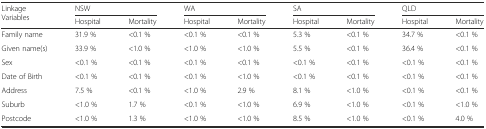
<table><thead><tr><td rowspan="2"><b>Linkage Variables</b></td><td colspan="2"><b>NSW</b></td><td colspan="2"><b>WA</b></td><td colspan="2"><b>SA</b></td><td colspan="2"><b>QLD</b></td></tr><tr><td><b>Hospital</b></td><td><b>Mortality</b></td><td><b>Hospital</b></td><td><b>Mortality</b></td><td><b>Hospital</b></td><td><b>Mortality</b></td><td><b>Hospital</b></td><td><b>Mortality</b></td></tr></thead><tbody><tr><td>Family name</td><td>31.9 %</td><td>&lt;0.1 %</td><td>&lt;0.1 %</td><td>&lt;0.1 %</td><td>5.3 %</td><td>&lt;0.1 %</td><td>34.7 %</td><td>&lt;0.1 %</td></tr><tr><td>Given name(s)</td><td>33.9 %</td><td>&lt;1.0 %</td><td>&lt;1.0 %</td><td>&lt;1.0 %</td><td>5.5 %</td><td>&lt;0.1 %</td><td>36.4 %</td><td>&lt;0.1 %</td></tr><tr><td>Sex</td><td>&lt;0.1 %</td><td>&lt;0.1 %</td><td>&lt;0.1 %</td><td>&lt;0.1 %</td><td>&lt;0.1 %</td><td>&lt;0.1 %</td><td>&lt;0.1 %</td><td>&lt;0.1 %</td></tr><tr><td>Date of Birth</td><td>&lt;0.1 %</td><td>&lt;0.1 %</td><td>&lt;0.1 %</td><td>&lt;1.0 %</td><td>&lt;0.1 %</td><td>&lt;0.1 %</td><td>&lt;0.1 %</td><td>&lt;0.1 %</td></tr><tr><td>Address</td><td>7.5 %</td><td>&lt;0.1 %</td><td>&lt;1.0 %</td><td>2.9 %</td><td>8.1 %</td><td>&lt;1.0 %</td><td>&lt;0.1 %</td><td>&lt;0.1 %</td></tr><tr><td>Suburb</td><td>&lt;1.0 %</td><td>1.7 %</td><td>&lt;0.1 %</td><td>&lt;1.0 %</td><td>6.9 %</td><td>&lt;1.0 %</td><td>&lt;0.1 %</td><td>&lt;1.0 %</td></tr><tr><td>Postcode</td><td>&lt;1.0 %</td><td>1.3 %</td><td>&lt;1.0 %</td><td>&lt;1.0 %</td><td>8.5 %</td><td>&lt;1.0 %</td><td>&lt;0.1 %</td><td>4.0 %</td></tr></tbody></table>